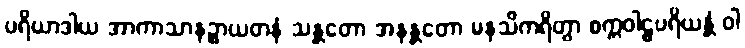
ပရိယာဒါယ အာကာသာနဉ္စာယတနံ သန္တတော အနန္တတော မနသိကရိတွာ စက္ကဝါဠပရိယန္တံ ဝါ